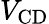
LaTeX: V_{\mathrm{CD}}